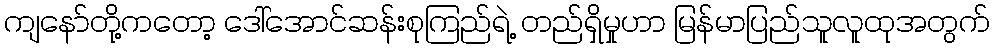
ကျနော်တို့ကတော့ ဒေါ်အောင်ဆန်းစုကြည်ရဲ့ တည်ရှိမှုဟာ မြန်မာပြည်သူလူထုအတွက်